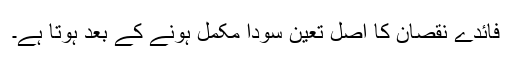
فائدے نقصان کا اصل تعین سودا مکمل ہونے کے بعد ہوتا ہے۔